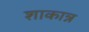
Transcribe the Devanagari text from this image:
शाकान्न